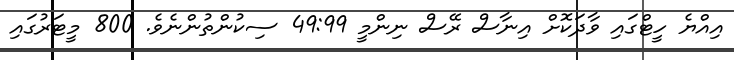
އިއްޔެ ހީޓްގައި ވާދަކޮށް އިނާސް ރޭސް ނިންމީ 49:99 ސިކުންތުންނެވެ. 800 މީޓަރުގައި